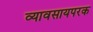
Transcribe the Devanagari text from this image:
व्यावसायपरक